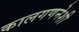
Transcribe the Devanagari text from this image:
कालगणनेशी